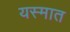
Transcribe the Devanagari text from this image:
यस्मात